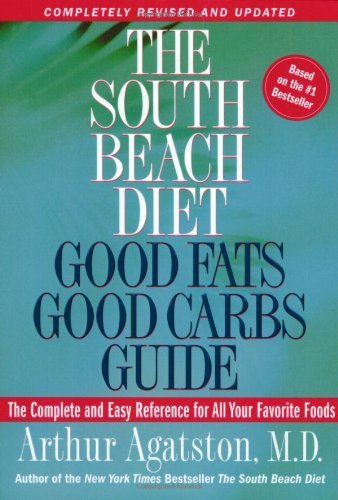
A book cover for The South Beach Diet: Good Fats Good Carbs Guide - The Complete and Easy Reference for All Your Favorite Foods, Revised Edition By Arthur Agatston; -Author-; Health, Fitness & Dieting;